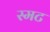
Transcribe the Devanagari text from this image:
स्मट